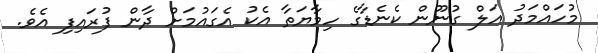
މުހައްމަދު އަލް ގުނޫން ކެނެޑާގެ ހިމާޔަތާ އެކު އެގައުމަށް ދާން ފުރައިފި އެވެ.